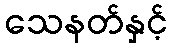
သေနတ်နှင့်